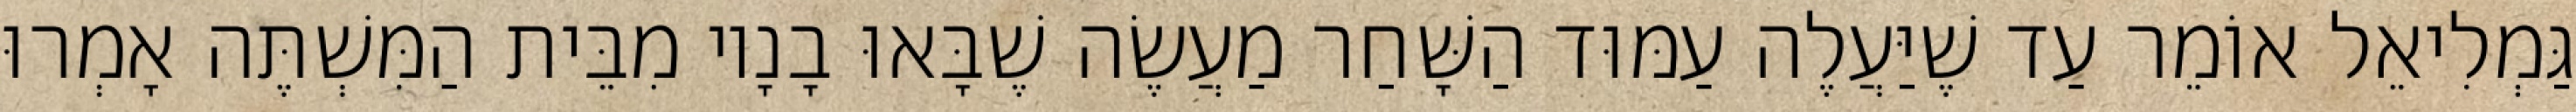
גַּמְלִיאֵל אוֹמֵר עַד שֶׁיַּעֲלֶה עַמּוּד הַשָּׁחַר מַעֲשֶׂה שֶׁבָּאוּ בָנָיו מִבֵּית הַמִּשְׁתֶּה אָמְרוּ